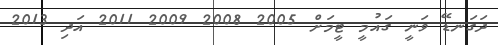
ދަގަނޑޭ ވަނީ ގައުމީ ޓީމަށް 2005 2008 2009 2011 އަދި 2013